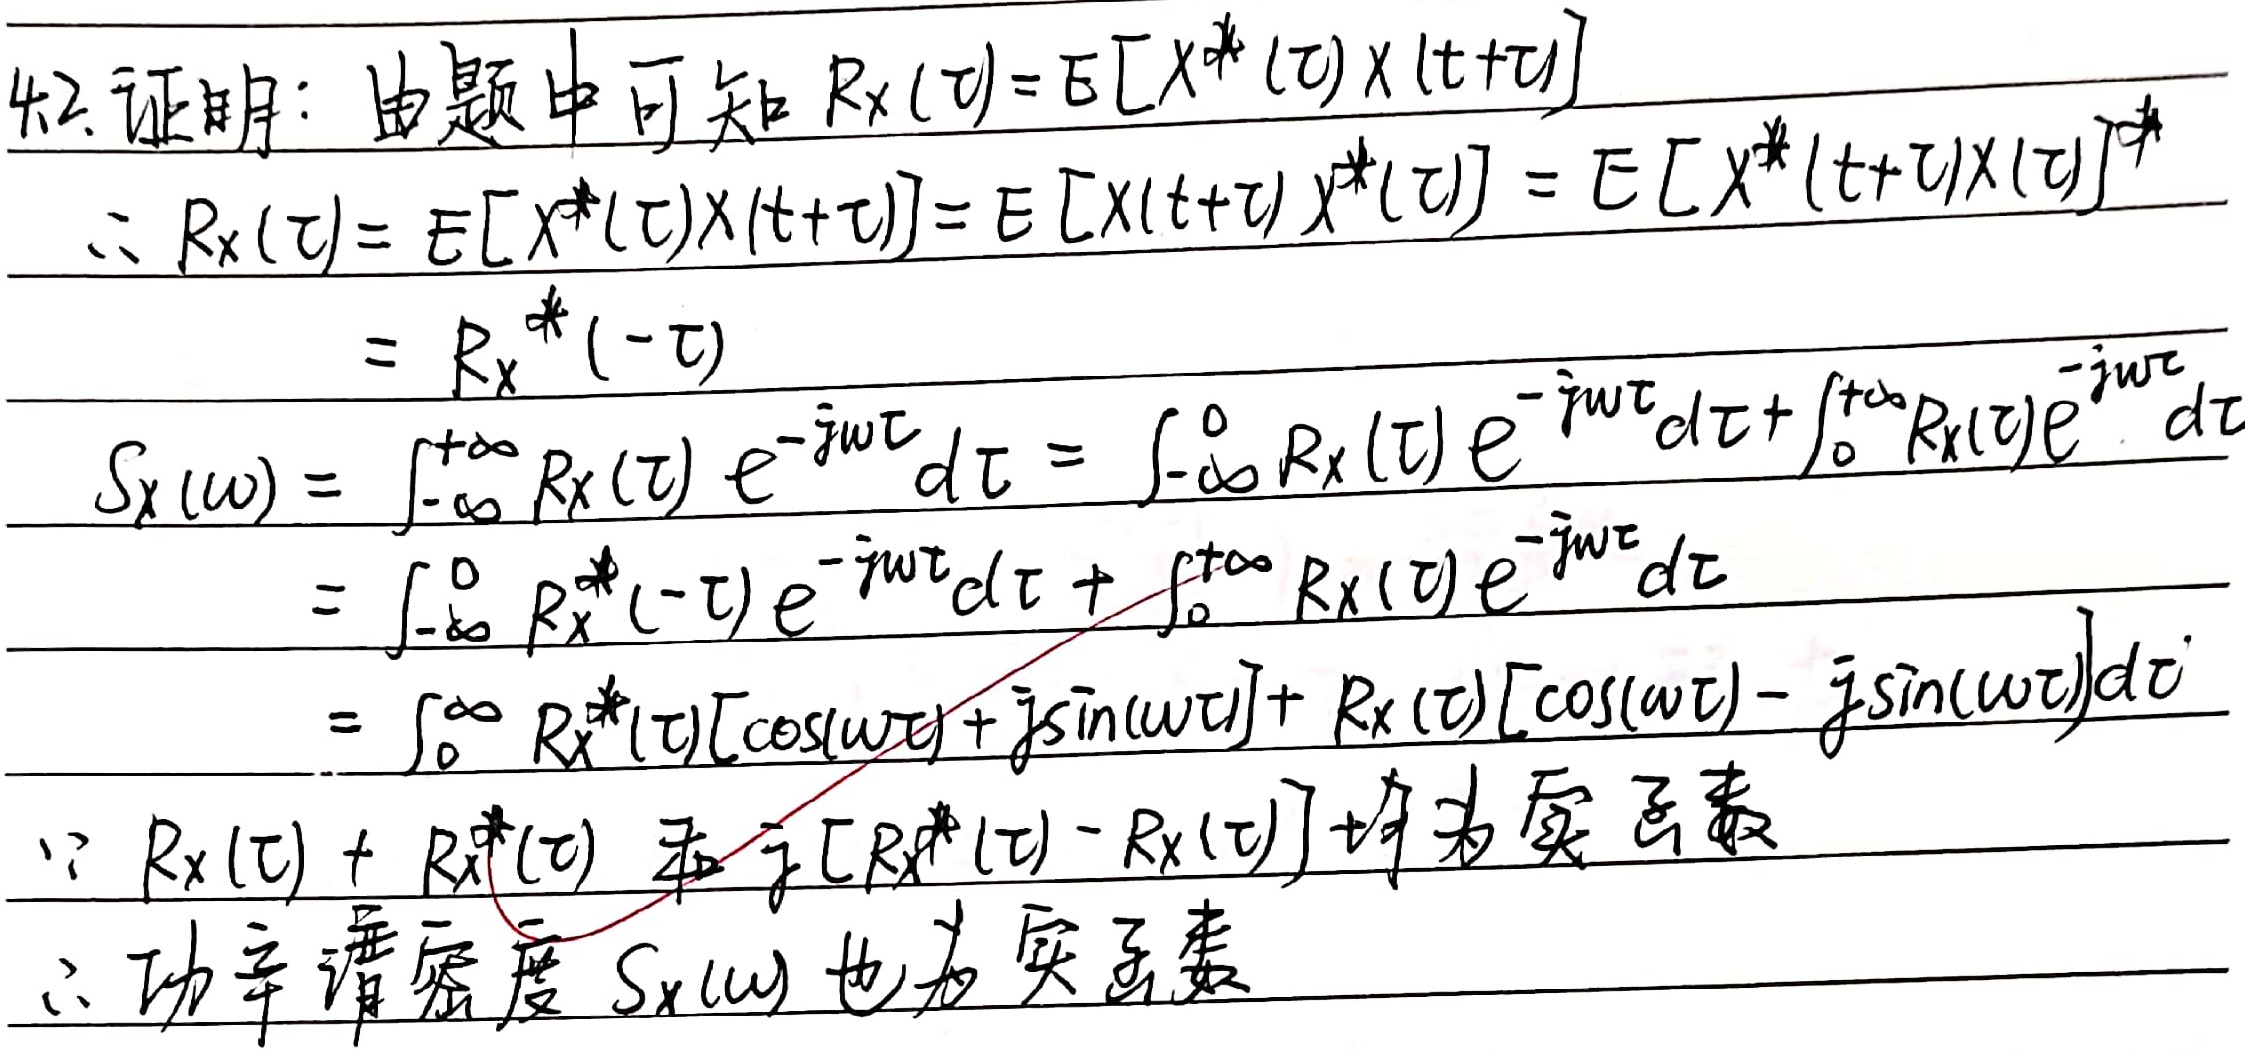
4.2 证明：由题中可知
\[R_X(\tau)=E[X^{*}(\tau)X(t + \tau)]\]
\[\therefore R_X(\tau)=E[X^{*}(\tau)X(t + \tau)]=E[X(t + \tau)X^{*}(\tau)] = E[X^{*}(t + \tau)X(\tau)]^{*}=R_X^{*}(-\tau)\]
\[S_X(\omega)=\int_{-\infty}^{+\infty}R_X(\tau)e^{-j\omega\tau}d\tau=\int_{-\infty}^{0}R_X(\tau)e^{-j\omega\tau}d\tau+\int_{0}^{+\infty}R_X(\tau)e^{-j\omega\tau}d\tau\]
\[=\int_{-\infty}^{0}R_X^{*}(-\tau)e^{-j\omega\tau}d\tau+\int_{0}^{+\infty}R_X(\tau)e^{-j\omega\tau}d\tau\]
\[=\int_{0}^{\infty}R_X^{*}(\tau)[\cos(\omega\tau)+j\sin(\omega\tau)]+R_X(\tau)[\cos(\omega\tau)-j\sin(\omega\tau)]d\tau\]
\[\because R_X(\tau)+R_X^{*}(\tau)\] 和 \[j[R_X^{*}(\tau)-R_X(\tau)]\] 均为实函数
\[\therefore\] 功率谱密度 \(S_X(\omega)\) 也为实函数